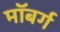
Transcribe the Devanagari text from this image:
माॅबर्ग